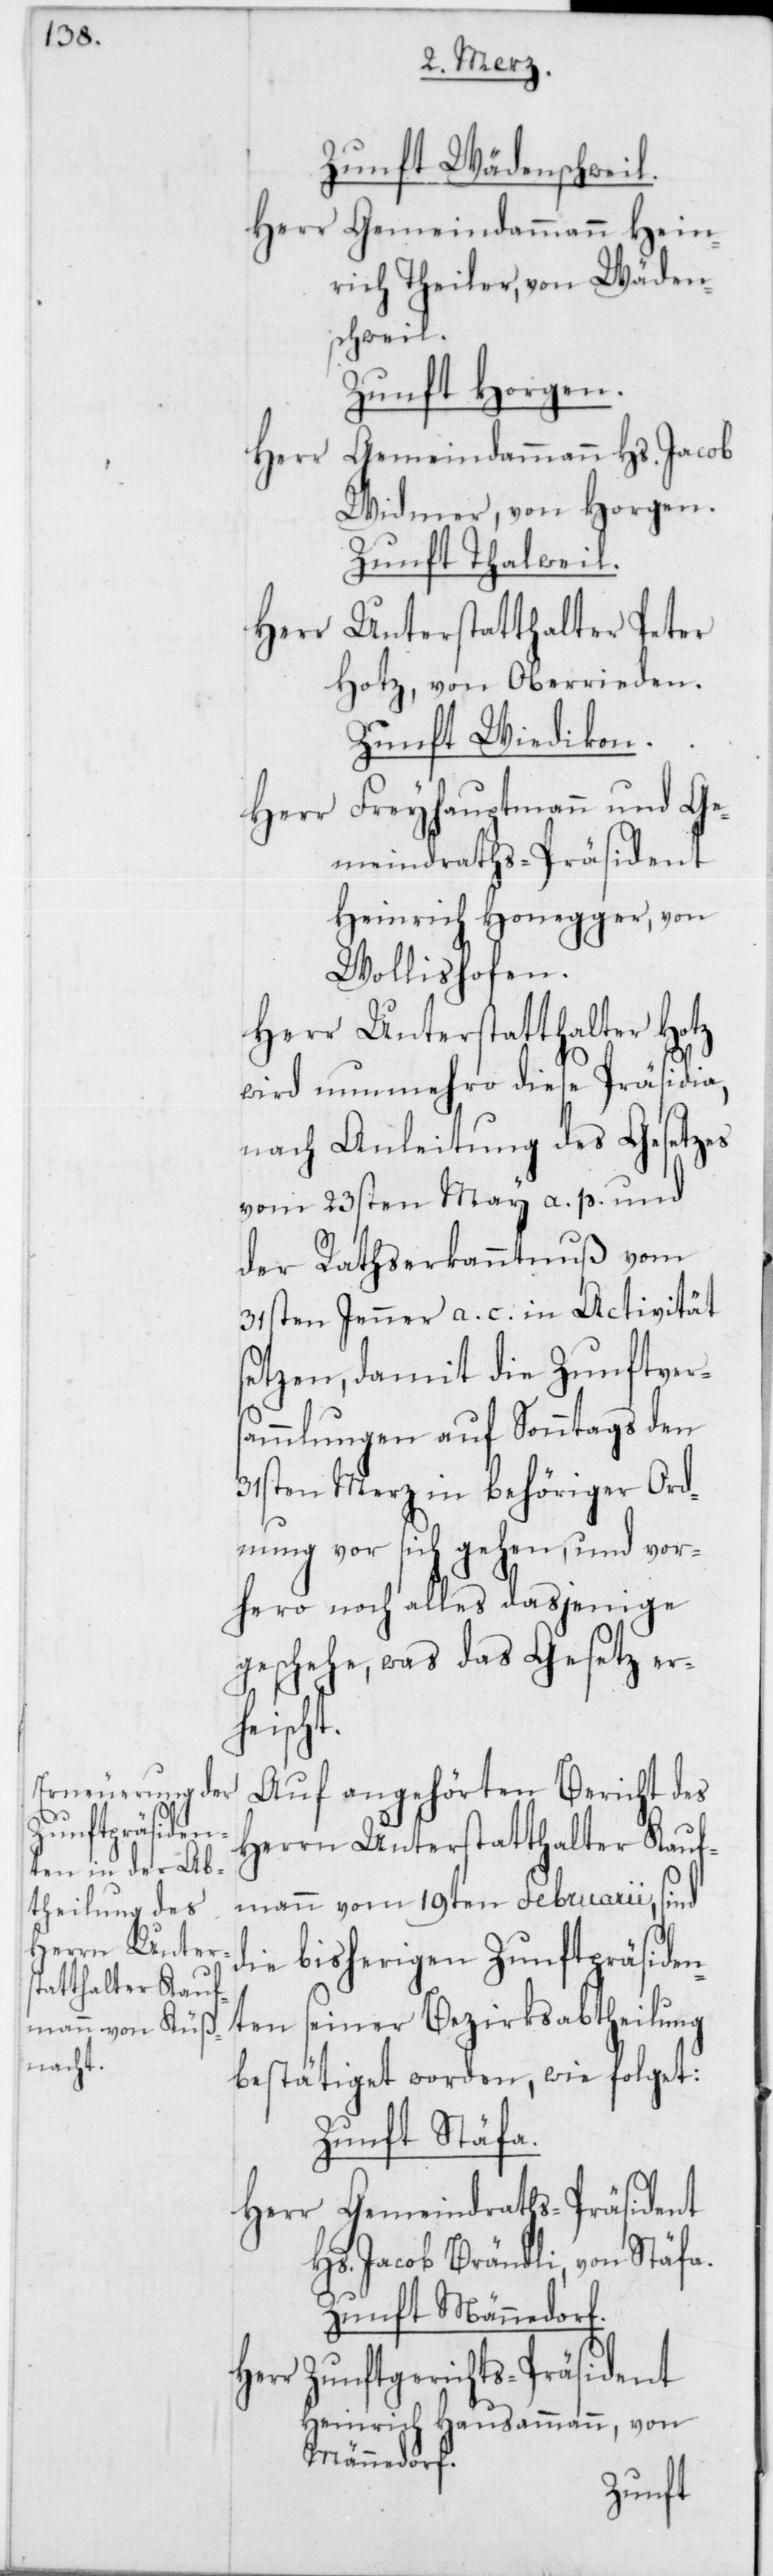
Zunft Wädenschweil.
Herr Gemeindammann Hein¬
rich Theiler, von Wäden¬
schweil.
Zunft Horgen.
Gemeindammann Hs. Jacob
Widmer, von Horgen.
Zunft Thalweil.
Unterstatthalter Peter
Hotz, von Oberrieden.
Zunft Wiedikon.
Freyhauptmann und Ge¬
Herr
meindraths-Präsident
Heinrich Honegger, von
Wollishofen.
Herr Unterstatthalter Hotz
wird nunmehro diese Präsidia,
nach Anleitung des Gesetzes
vom 23sten May a. p. und
der Rathserkanntnuß vom
31sten Jenner a. c. in Activität
setzen, damit die Zunftvers¬
ammlungen auf Sonntags den
31sten Merz in behöriger Ord¬
nung vor sich gehen, und vor¬
hero noch alles dasjenige
geschehe, was das Gesetz er¬
heischt.
Auf angehörten Bericht des
Herrn Unterstatthalter Kauf¬
mann vom 19ten Februarii, sind
die bisherigen Zunftpräsiden¬
ten seiner Bezirksabtheilung
bestätiget worden, wie folget:
Zunft Stäfa.
Herr Gemeindraths-Präsident
Hs. Jacob Brändli, von Stäfa.
Zunft Männedorf.
Herr Zunftgerichts-Präsident
Heinrich Hausammann, von
Männedorf.